Report on enteric fever
Disease focus: Fever
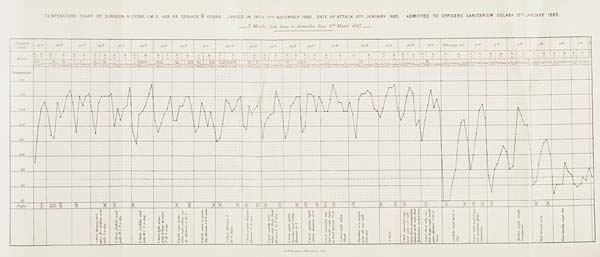
TEMPERATURE CHART OF SURGEON R. LYONS, I. M. D. AGE 23. SERVICE 10/12 YEARS. LANDED IN INDIA 17 TH NOVEMBER 1882. DATE OF ATTACK 10 TH JANUARY 1883.
ADMITTED TO OFFICERS' SANITARIUM COLABA 15 TH JANUARY 1883.
3
Months' Sick leave to Australia from 9 th March
1883.
Govt. Photozinco: Office, Poona 1883.